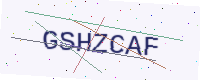
Text: GSHZCAF